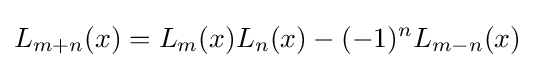
L_{m+n}(x)=L_{m}(x)L_{n}(x)-(-1)^{n}L_{m-n}(x)